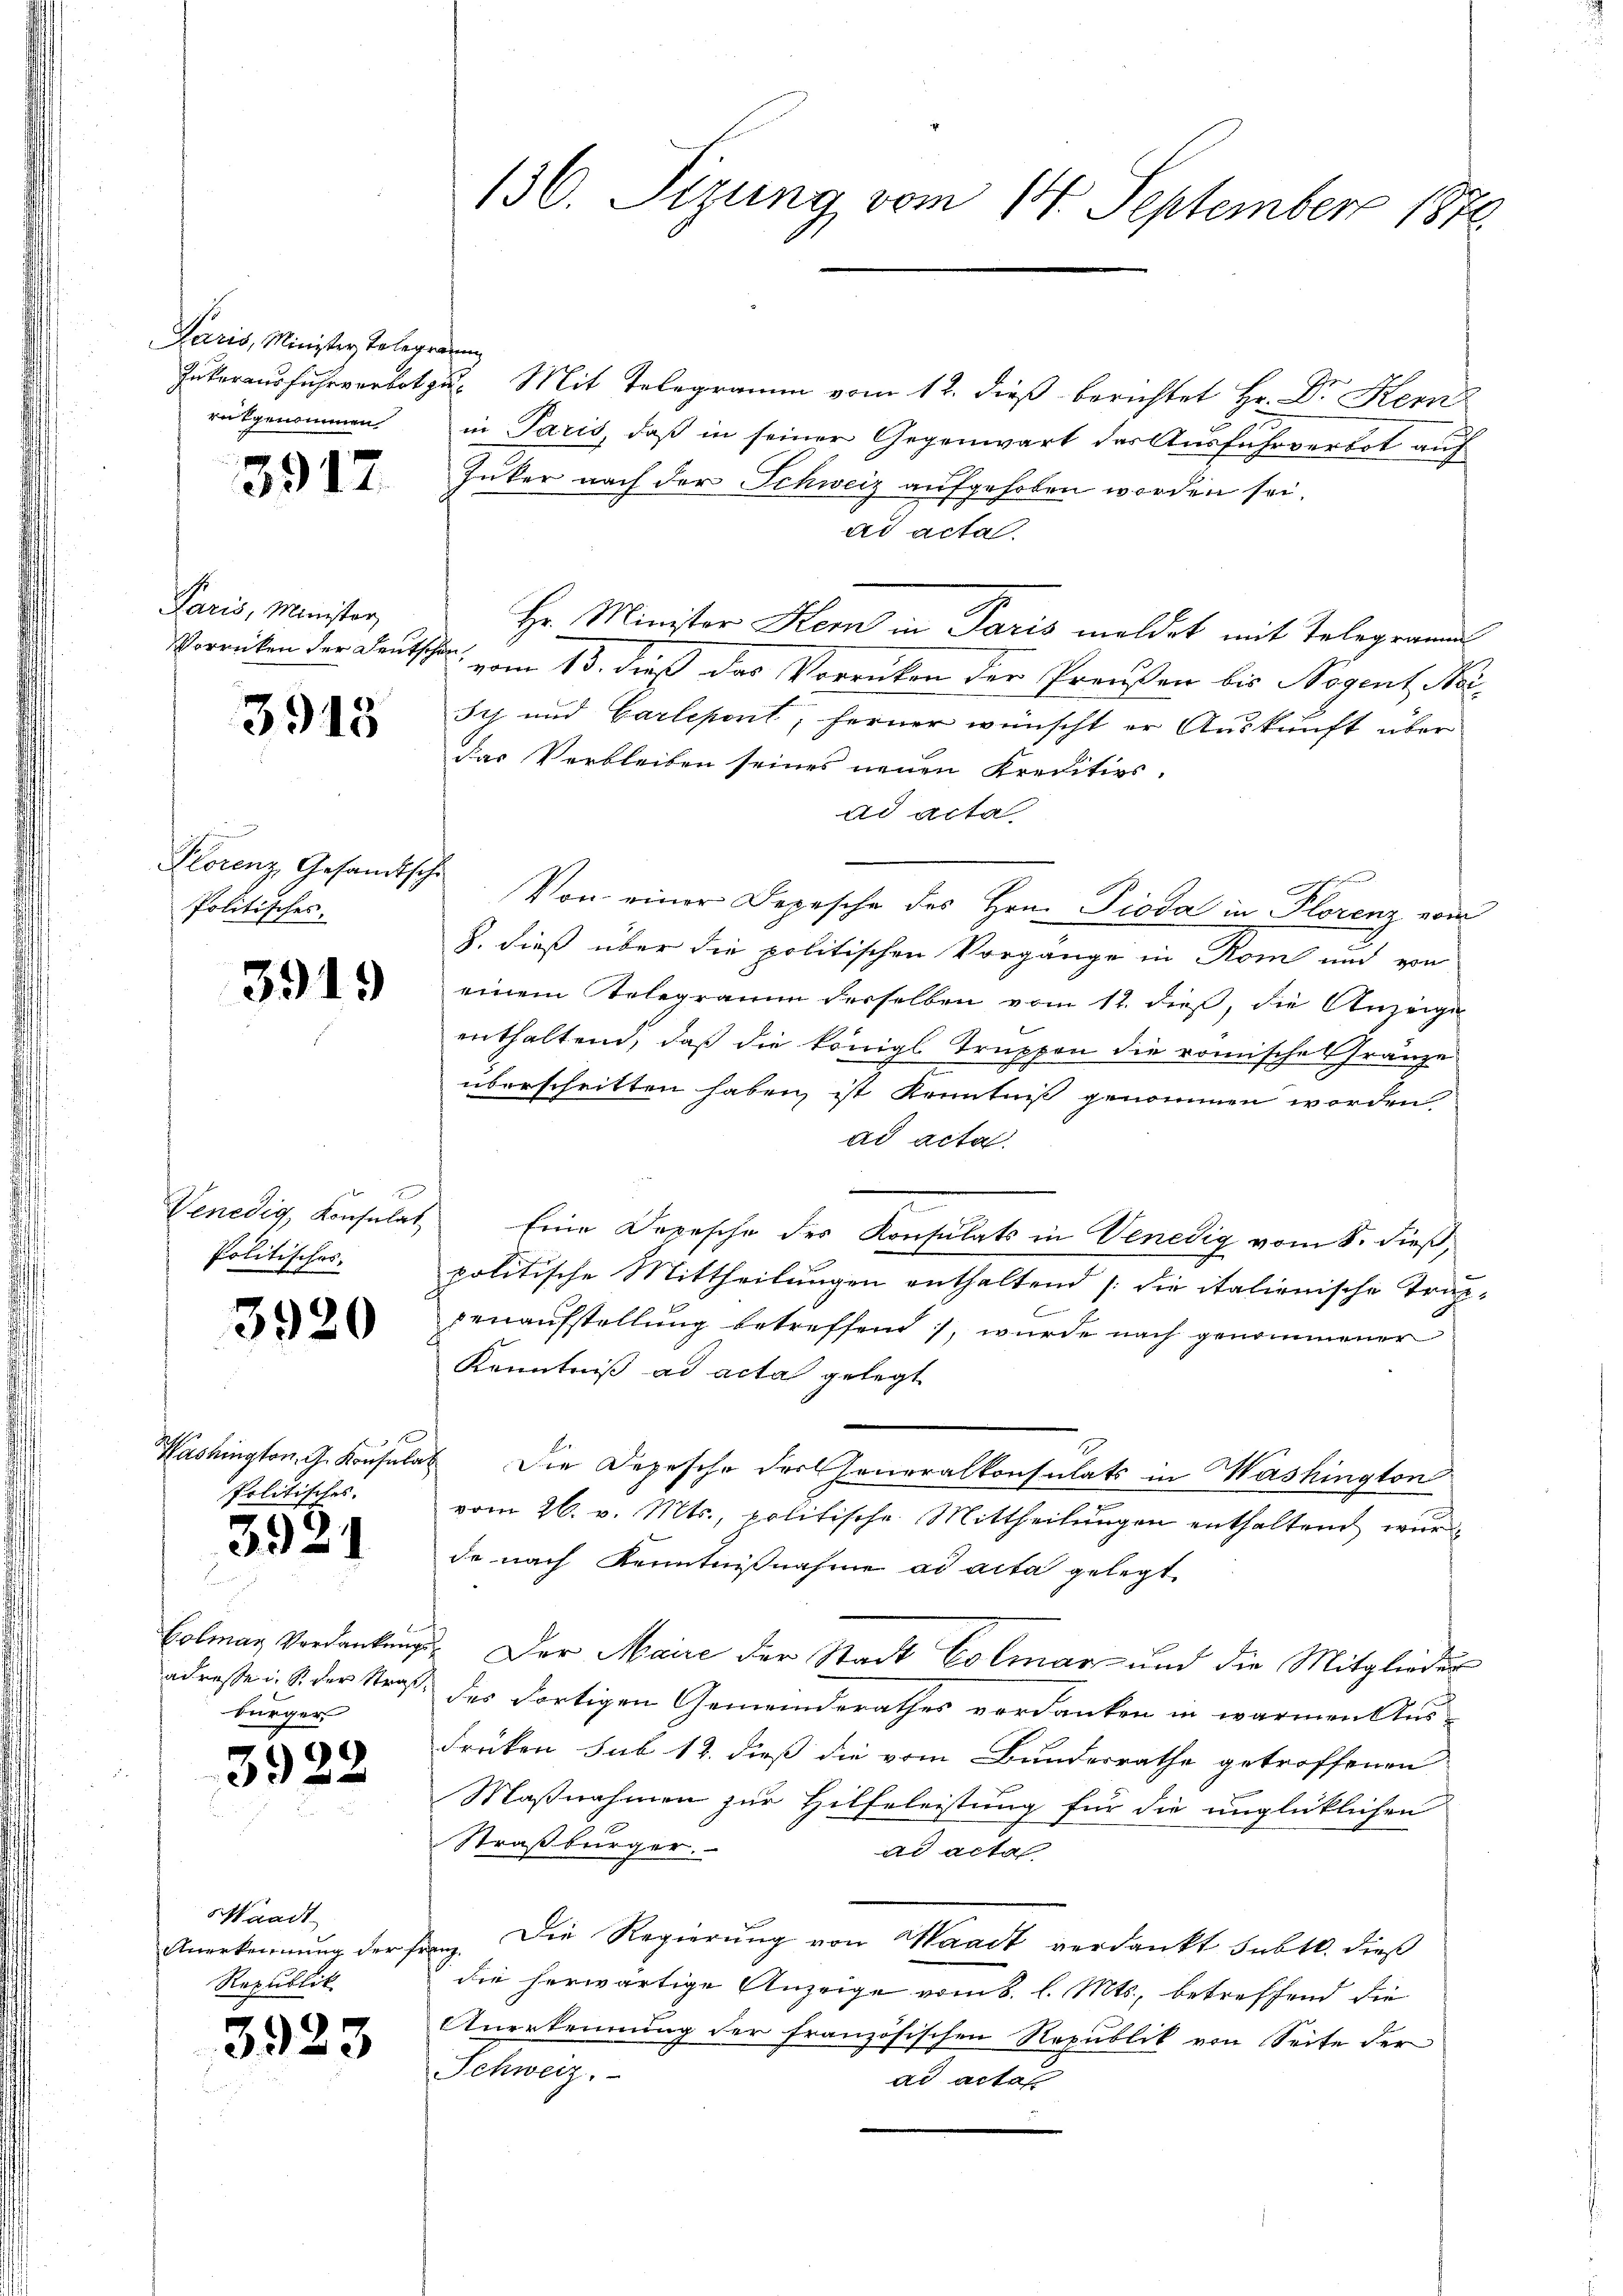
Paris, Minister Tolegierung
reitgenommen

3917

Paris, Minister,

3915

Plorenz Gesandtsche
Politisches.

3919

Venedig, Konsulat
Politisches.

3920

Washington G. Konsula
politisches.

3924

Golmar Verdankung
adresse u. S. der Straßbürger

3922

Waadt
Anerkennung der Er
Republik

3923

136. Sizung vom 14. September 1870

Jukerausfuhrverbot zu. Mit Telegramm vom 12. dieß berichtet Hr. Dr. Herz
in Paris, daß in seiner Gegenwart der Ausfuhrverbot auf
Inker nach der Schweiz aufgehoben worden sei.
ad acta.
e
Hr. Minister Kern in Paris meldet mit Telegramm
Vorrücken der Deutschen, vom 13. dieß das Vorrücken der Preußen bis Negent Mei¬
Ich und Carlepont; ferner wünscht er Auskunft über
das Verbleiben seines neuen Kreditivs-
ad acta
Fuhren
Von einer Depesche des Hrn. Pioda in Florenz vom
8. dieß über die politischen Vorgänge in Rom und von
einem Telegramm derselben vom 12. dieß, die Anzeige
enthaltend, daß die königl. Truppen die römischen Gränze
überschritten haben, ist Kenntniß genommen worden,
ad acta.
Eine Depesche des Konsulats in Venedig vom 8. dieß,
politische Mittheilungen enthaltend die italienische Trupdenaufstellung betreffend /, wurde nach genommener
Kenntniß ad acta gelegt
es Die Depesche der Generalkonsulats in Washington
vom 26. v. Mts., politische Mittheilungen enthaltend wurd
de nach Kenntnißnahme ad acta gelegt.
3. Der Maire der Stack Colmar und die Mitglieder
des dortigen Gemeinderathes verdanken in warmen Aus-
drücken sub 12. dieß die vom Bundesrathe getroffenen
Maßnahmen zur Hilfeleistung für die unglücklichen
Straßburger.
ad acta
ung. Die Regierung von Waadt verdankt subt. dieß
die herwärtige Anzeige vom 8. l. Mts., betreffend die
Anerkennung der französischen Republik von Seite der
Schweiz.
ad acta